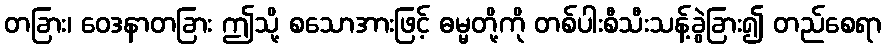
တခြား၊ ဝေဒနာတခြား ဤသို့ စသောအားဖြင့် ဓမ္မတို့ကို တစ်ပါးစီသီးသန့်ခွဲခြား၍ တည်စေရာ